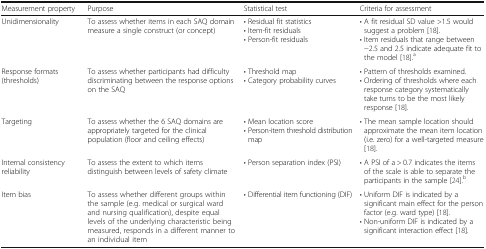
<table><thead><tr><td><b>Measurement property</b></td><td><b>Purpose</b></td><td><b>Statistical test</b></td><td><b>Criteria for assessment</b></td></tr></thead><tbody><tr><td>Unidimensionality</td><td>To assess whether items in each SAQ domain measure a single construct (or concept)</td><td>• Residual fit statistics• Item-fit residuals• Person-fit residuals</td><td>• A fit residual SD value &gt;1.5 would suggest a problem [18].• Item residuals that range between −2.5 and 2.5 indicate adequate fit to the model [18].<sup>a</sup></td></tr><tr><td>Response formats (thresholds)</td><td>To assess whether participants had difficulty discriminating between the response options on the SAQ</td><td>• Threshold map• Category probability curves</td><td>• Pattern of thresholds examined.• Ordering of thresholds where each response category systematically take turns to be the most likely response [18].</td></tr><tr><td>Targeting</td><td>To assess whether the 6 SAQ domains are appropriately targeted for the clinical population (floor and ceiling effects)</td><td>• Mean location score• Person-item threshold distribution map</td><td>• The mean sample location should approximate the mean item location (i.e. zero) for a well-targeted measure [18].</td></tr><tr><td>Internal consistency reliability</td><td>To assess the extent to which items distinguish between levels of safety climate</td><td>• Person separation index (PSI)</td><td>• A PSI of a &gt; 0.7 indicates the items of the scale is able to separate the participants in the sample [24].<sup>b</sup></td></tr><tr><td>Item bias</td><td>To assess whether different groups within the sample (e.g. medical or surgical ward and nursing qualification), despite equal levels of the underlying characteristic being measured, responds in a different manner to an individual item</td><td>• Differential item functioning (DIF)</td><td>• Uniform DIF is indicated by a significant main effect for the person factor (e.g. ward type) [18].• Non-uniform DIF is indicated by a significant interaction effect [18].</td></tr></tbody></table>